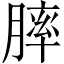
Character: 膟